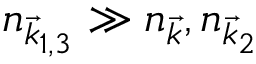
n _ { \vec { k } _ { 1 , 3 } } \gg n _ { \vec { k } } , n _ { \vec { k } _ { 2 } }